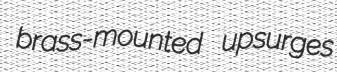
brass-mounted upsurges